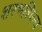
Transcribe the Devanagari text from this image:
शरभशिल्प